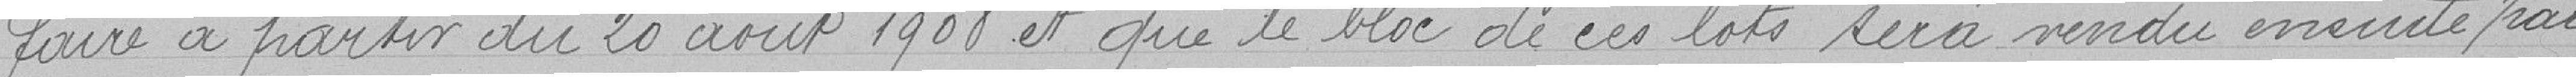
faire à partir du 20 août 1908 et que le bloc de ces lots sera vendu ensuite par